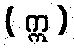
( ဣ )